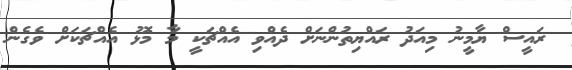
ރައީސް ޔާމީނު މިއަދު ރައްޔިތުންނަށް ދެއްވި އެއްޗަކީ މާ މޮޅު އެއްޗަކަށް ވެގެން